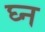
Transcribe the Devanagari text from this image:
घ्न